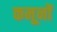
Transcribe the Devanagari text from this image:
कमूनों